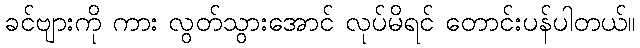
ခင်ဗျားကို ကား လွတ်သွားအောင် လုပ်မိရင် တောင်းပန်ပါတယ်။